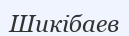
Шикібаев